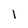
Character: I